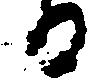
る